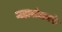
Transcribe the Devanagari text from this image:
महासंघातर्फे